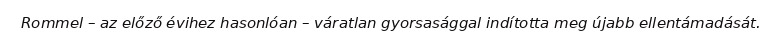
Rommel – az előző évihez hasonlóan – váratlan gyorsasággal indította meg újabb ellentámadását.